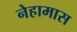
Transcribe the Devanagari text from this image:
नेहामास